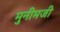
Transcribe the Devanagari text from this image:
मुनीमजी